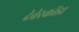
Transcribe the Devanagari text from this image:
देवेरकोंडा